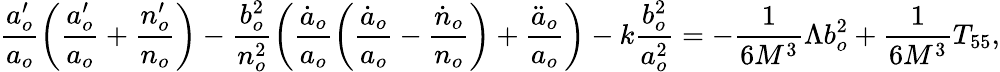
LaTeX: \frac{a_{o}^{\prime}}{a_{o}}\left(\frac{a_{o}^{\prime}}{a_{o}}+\frac{n_{o}^{\prime}}{n_{o}}\right)-\frac{b_{o}^{2}}{n_{o}^{2}}\left(\frac{\dot{a}_{o}}{a_{o}}\left(\frac{\dot{a}_{o}}{a_{o}}-\frac{\dot{n}_{o}}{n_{o}}\right)+\frac{\ddot{a}_{o}}{a_{o}}\right)-k\frac{b_{o}^{2}}{a_{o}^{2}}=-\frac{1}{6M^{3}}\Lambda b_{o}^{2}+\frac{1}{6M^{3}}T_{55},